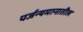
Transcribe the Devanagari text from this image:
पर्जन्यमानातील